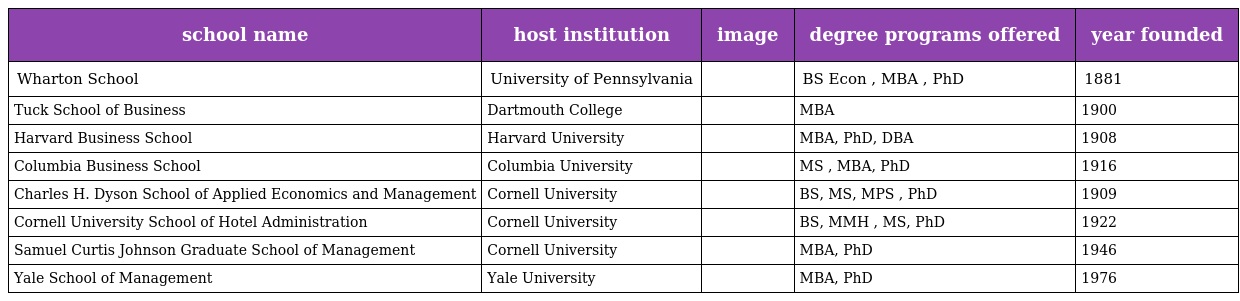
| school name | host institution | image | degree programs offered | year founded |
 | --- | --- | --- | --- | --- |
 | Wharton School | University of Pennsylvania |  | BS Econ , MBA , PhD | 1881 |
 | Tuck School of Business | Dartmouth College |  | MBA | 1900 |
 | Harvard Business School | Harvard University |  | MBA, PhD, DBA | 1908 |
 | Columbia Business School | Columbia University |  | MS , MBA, PhD | 1916 |
 | Charles H. Dyson School of Applied Economics and Management | Cornell University |  | BS, MS, MPS , PhD | 1909 |
 | Cornell University School of Hotel Administration | Cornell University |  | BS, MMH , MS, PhD | 1922 |
 | Samuel Curtis Johnson Graduate School of Management | Cornell University |  | MBA, PhD | 1946 |
 | Yale School of Management | Yale University |  | MBA, PhD | 1976 |